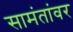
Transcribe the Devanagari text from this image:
सामंतांवर